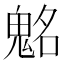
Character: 𩳊